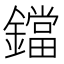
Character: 鐺